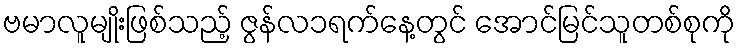
ဗမာလူမျိုးဖြစ်သည့် ဇွန်လ၁ရက်နေ့တွင် အောင်မြင်သူတစ်စုကို